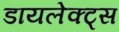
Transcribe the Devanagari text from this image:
डायलेक्ट्स